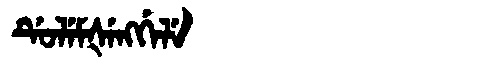
Manchu: ᡩᡠᠯᡝᠮᡧᡝᠩᡤᡝᠯᡝ
Romanization: DULEMŠENGGELE